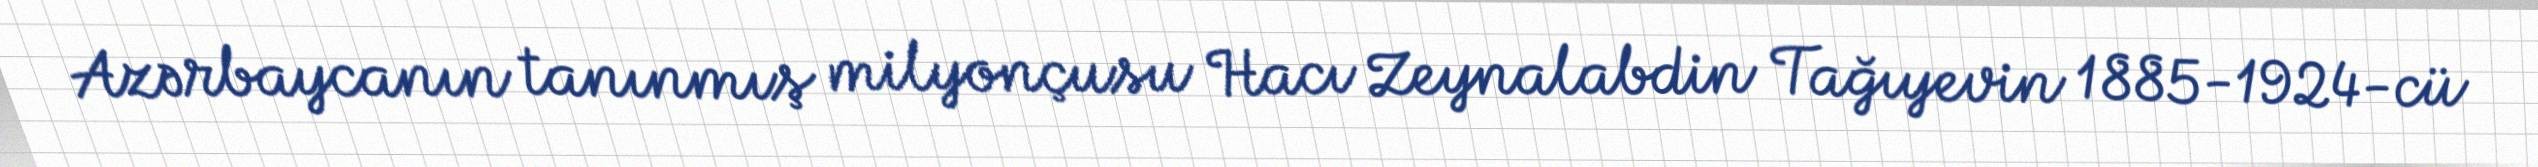
Azərbaycanın tanınmış milyonçusu Hacı Zeynalabdin Tağıyevin 1885-1924-cü